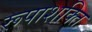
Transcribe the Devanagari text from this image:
रूपाशक्ति